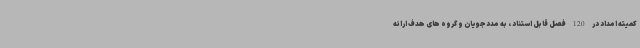
کمیته امداد در 120 فصل قابل استناد ، به مددجویان و گروه های هدف ارائه